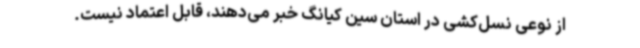
از نوعی نسل‌کشی در استان سین کیانگ خبر می‌دهند، قابل اعتماد نیست.